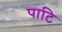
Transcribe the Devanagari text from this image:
पाटि